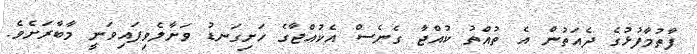
ފާތުމާފުޅުގެ ދެއަތުން އެ ތުއްތު ކުއްޖާ ގެނެސް އެކުއްޖާގެ ހަށިގަނޑު ވަށާލެވިފައިވަނީ މާބާރަށެވެ.